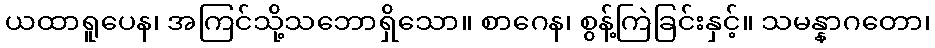
ယထာရူပေန၊ အကြင်သို့သဘောရှိသော။ စာဂေန၊ စွန့်ကြဲခြင်းနှင့်။ သမန္နာဂတော၊